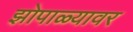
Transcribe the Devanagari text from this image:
झोपाळ्यावर